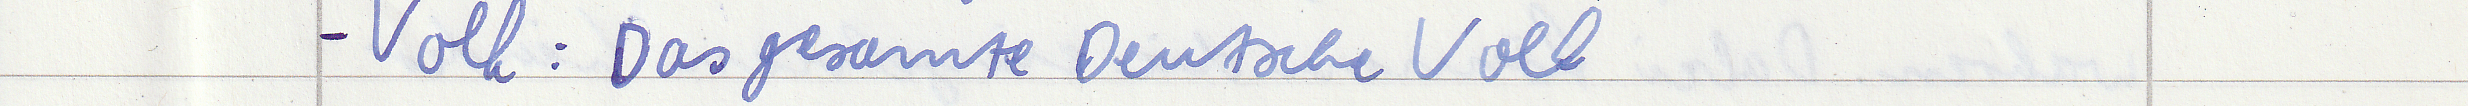
- Volk: Das gesamte Deutsche Volk